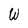
Character: W